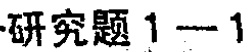
研究题 1 -- 1